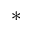
^ *